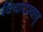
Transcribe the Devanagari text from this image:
विचारप्रवाह्